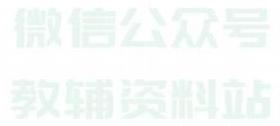
微信公众号
教辅资料站